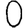
Digit: 0